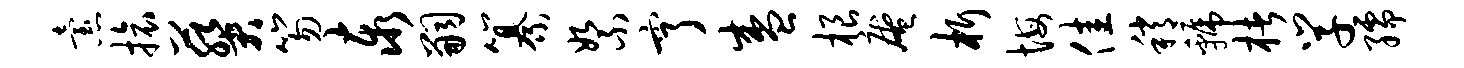
怠旅葵笏泰嗣纂絮亨盛根庵析悔佳稍虢楮学孺